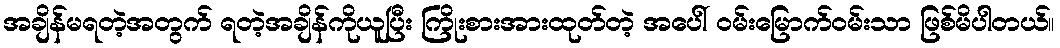
အချိန်မရတဲ့အတွက် ရတဲ့အချိန်ကိုယူပြီး ကြိုးစားအားထုတ်တဲ့ အပေါ် ဝမ်းမြောက်ဝမ်းသာ ဖြစ်မိပါတယ်။